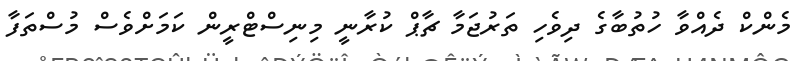
މެންކް ދެއްވާ ހުތުބާގެ ދިވެހި ތަރުޖަމާ ޗާޕް ކުރާނީ މިނިސްޓްރީން ކަމަށްވެސް މުސްތަފާ